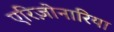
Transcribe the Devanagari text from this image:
एरिज़ोनारिया